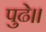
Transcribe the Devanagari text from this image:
पुढे।।